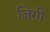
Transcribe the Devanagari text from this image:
ज़िग़ी